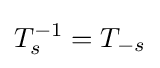
T_{s}^{-1}=T_{-s}